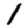
Digit: 1